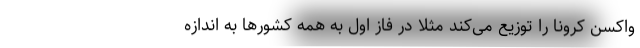
واکسن کرونا را توزیع می‌کند مثلا در فاز اول به همه کشورها به اندازه